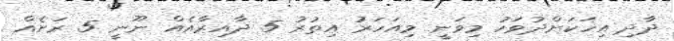
ދާދި އިހަކަށްދުވަހު މިވަނީ މިއަހަރު އިތުރު 5 ދާއިރާއެއް ނޫނީ 5 ރަށެއް